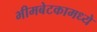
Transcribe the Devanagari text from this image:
भीमबेटकामध्ये